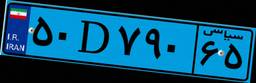
۵۰D۷۹۰۶۵